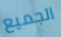
الجميع